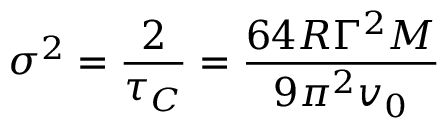
\sigma ^ { 2 } = { \frac { 2 } { \tau _ { C } } } = { \frac { 6 4 R \Gamma ^ { 2 } M } { 9 \pi ^ { 2 } v _ { 0 } } }